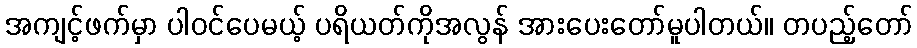
အကျင့်ဖက်မှာ ပါဝင်ပေမယ့် ပရိယတ်ကိုအလွန် အားပေးတော်မူပါတယ်။ တပည့်တော်